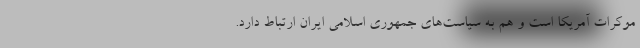
موکرات آمریکا است و هم به سیاست‌های جمهوری اسلامی ایران ارتباط دارد.